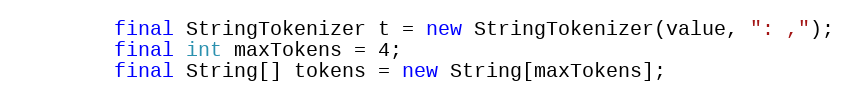
Language: Java
		final StringTokenizer t = new StringTokenizer(value, ": ,");
		final int maxTokens = 4;
		final String[] tokens = new String[maxTokens];